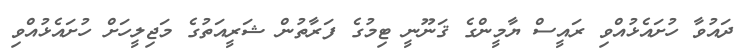
ދައުވާ ހުށައެޅުއްވި ރައީސް ޔާމީންގެ ޤަނޫނީ ޓިމުގެ ފަރާތުން ޝަރީއަތުގެ މަޖިލީހަށް ހުށައެޅުއްވި